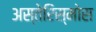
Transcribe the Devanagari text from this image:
अस्तेरिस्मोस